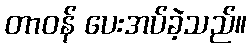
တာဝန် ပေးအပ်ခဲ့သည်။